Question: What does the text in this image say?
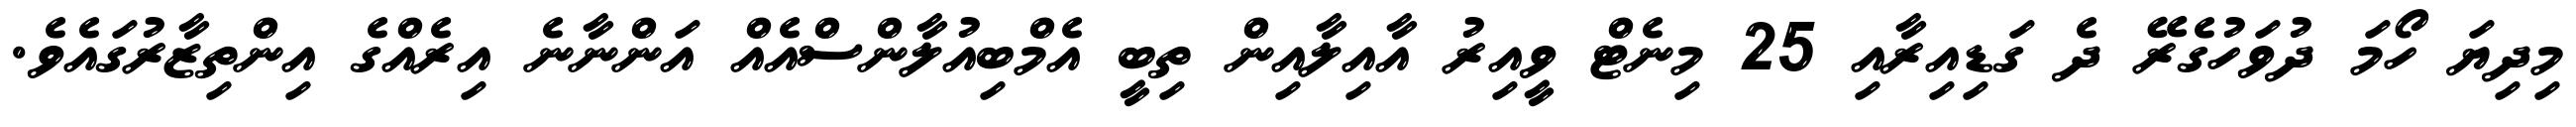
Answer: މިދިޔަ ހޯމަ ދުވަހުގެރޭ ދެ ގަޑިއިރާއި 25 މިނެޓް ވީއިރު އާއިލާއިން ތިބީ އެމްބިއުލާންސްއެއް އަންނާނެ އިރެއްގެ އިންތިޒާރުގައެވެ.